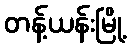
တန့်ယန်းမြို့